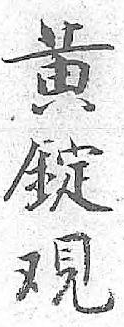
黄錠覌